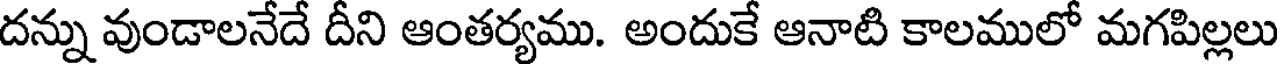
దన్ను వుండాలనేదే దీని ఆంతర్యము. అందుకే ఆనాటి కాలములో మగపిల్లలు